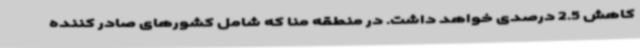
کاهش 2.5 درصدی خواهد داشت. در منطقه منا که شامل کشورهای صادر کننده